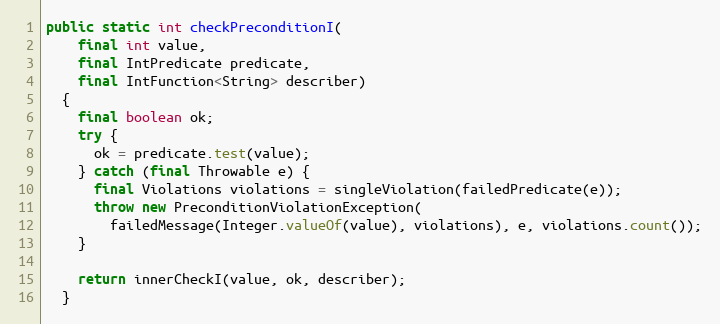
Language: Java
public static int checkPreconditionI(
    final int value,
    final IntPredicate predicate,
    final IntFunction<String> describer)
  {
    final boolean ok;
    try {
      ok = predicate.test(value);
    } catch (final Throwable e) {
      final Violations violations = singleViolation(failedPredicate(e));
      throw new PreconditionViolationException(
        failedMessage(Integer.valueOf(value), violations), e, violations.count());
    }

    return innerCheckI(value, ok, describer);
  }